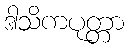
ဒါသိကပုတ္တာ